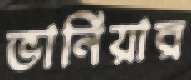
ভার্নিয়ার